Annual administration report of the Civil Veterinary Department of India - 1897-1898
Year: 1897
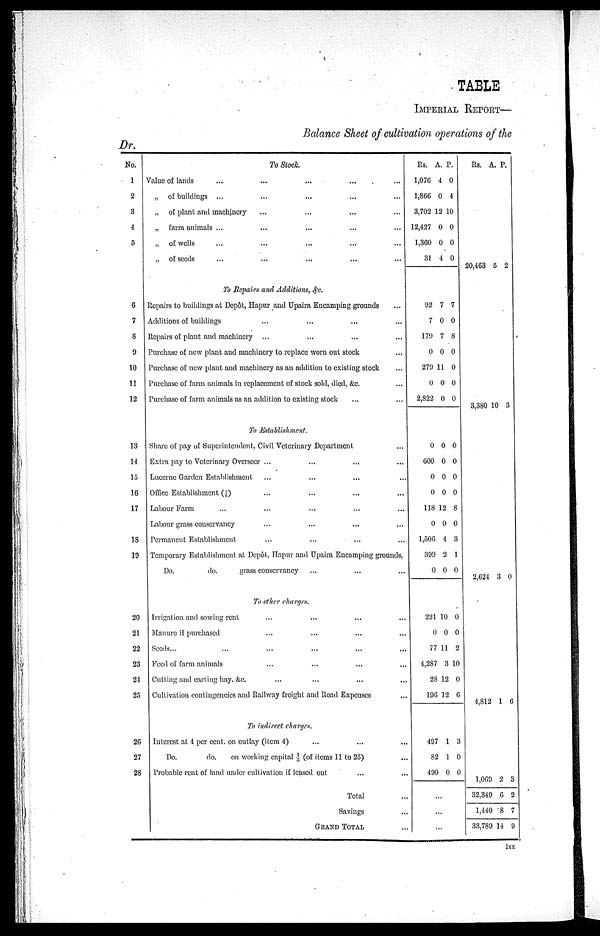
TABLE
IMPERIAL REPORT—
Balance Sheet of cultivation operations of the
Dr.
No.
1
2
3
4
5
6
7
8
9
10
11
12
13
14
15
16
17
18
19
20
21
22
23
24
25
26
27
28
To Stock.
Value of lands ... ... ... ... ...
„ of buildings ... ... ... ... ...
„ of plant and machinery ... ... ... ... ...
„ farm animals ... ... ... ... ...
„ of wells ... ... ... ... ...
„ of seeds ... ... ... ... ...
To Repairs and Additions, &c.
Repairs to buildings at Depôt, Hapur and Upaira Encamping grounds ...
Additions of buildings ... ... ... ... ...
Repairs of plant and machinery ... ... ... ... ...
Purchase of new plant and machinery to replace worn out stock ...
Purchase of new plant and machinery as an addition to existing stock ...
Purchase of farm animals in replacement of stock sold, died, &c. ...
Purchase of farm animals as an addition to existing stock ... ...
To Establishment.
Share of pay of Superintendent, Civil Veterinary Department ...
Extra pay to Veterinary Overseer ... ... ... ...
Lucerne Garden Establishment ... ... ... ...
Office Establishment (1/6) ... ... ... ...
Labour Farm ... ... ... ... ...
Labour grass conservancy ... ... ... ...
Permanent Establishment ... ... ... ...
Temporary Establishment at Depôt, Hapur and Upaira Encamping grounds,
Do.
do.
grass conservancy ... ... ...
To other charges.
Irrigation and sowing rent ... ... ... ...
Manure if purchased ... ... ... ...
Seeds... ... ... ... ... ...
Feed of farm animals ... ... ... ...
Cutting and carting hay, &c. ... ... ... ...
Cultivation contingencies and Railway freight and Road Expenses ...
To indirect charges.
Interest at 4 per cent. on outlay (item 4) ... ... ... ...
Do.
do.
on working capital 1/5 (of items 11 to 25) ...
Probable rent of land under cultivation if leased out ... ...
Total ...
Savings ...
GRAND TOTAL ...
Rs.
1,076
1,866
3,702
12,427
1,360
31
A.
4
0
12
0
0
4
P.
0
4
10
0
0
0
92
7
179
0
279
0
2,822
7
0
7
0
11
0
0
7
0
8
0
0
0
0
0
600
0
0
118
0
1,506
399
0
0
0
0
0
12
0
4
2
0
0
0
0
0
8
0
3
1
0
221
0
77
4,287
28
196
497
82
490
10
0
11
3
12
12
1
1
0
0
0
2
10
0
6
3
0
0
...
...
...
Rs.
20,463
3,380
2,624
4,812
1,069
32,349
1,440
33,789
A.
5
10
3
1
2
6
8
14
P.
2
3
0
6
3
2
7
9
lxx